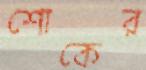
শোকের